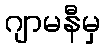
ဂျာမနီမှ